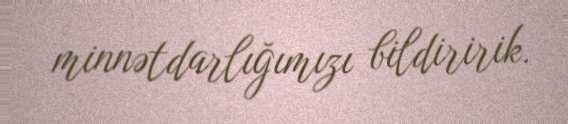
minnətdarlığımızı bildiririk.